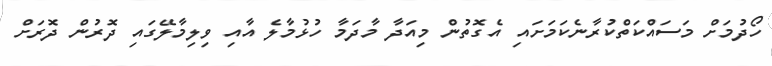
ހޯދުމަށް މަސައްކަތްކުރާނެކަމަށައި އެގޮތުން މިއަދާ މާދަމާ ހުޅުމާލެ އާއި ވިލިމާލޭގައި ދޮރުން ދޮރަށް